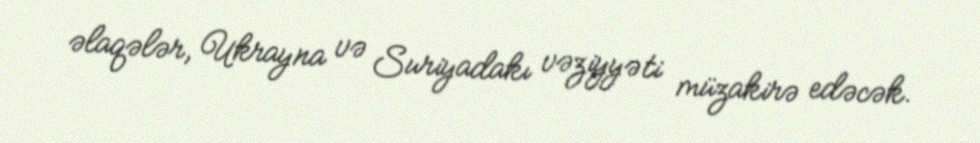
əlaqələr, Ukrayna və Suriyadakı vəziyyəti müzakirə edəcək.